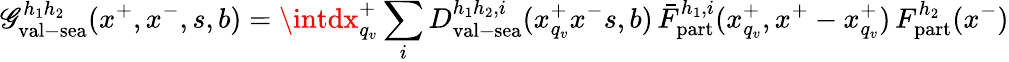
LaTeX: \mathscr{G}_{\mathrm{{val}}-\mathrm{{sea}}}^{h_{1}h_{2}}(x^{+},x^{-},s,b)=\intdx_{q_{v}}^{+}\sum_{i}D_{\mathrm{{val}}-\mathrm{{sea}}}^{h_{1}h_{2},i}(x_{q_{v}}^{+}x^{-}s,b)\, \bar{{F}}_{\mathrm{{part}}}^{h_{1},i}(x_{q_{v}}^{+},x^{+}-x_{q_{v}}^{+})\, F_{\mathrm{{part}}}^{h_{2}}(x^{-})